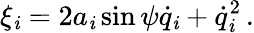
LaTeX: \xi_{\mathit{i}}=2a_{\mathit{i}}\sin\psi\dot{{q}}_{\mathit{i}}+\dot{{q}}_{\mathit{i}}^{2}\, .